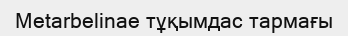
Metarbelinae тұқымдас тармағы